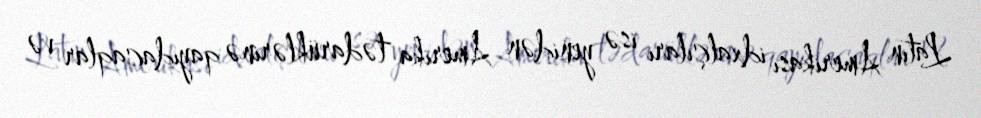
Latın Amerikası idxalçıları isə yenidən Amerika tədarüklərinə qayıdacaqlar və